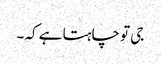
جی تو چاہتا ہے کہ ۔